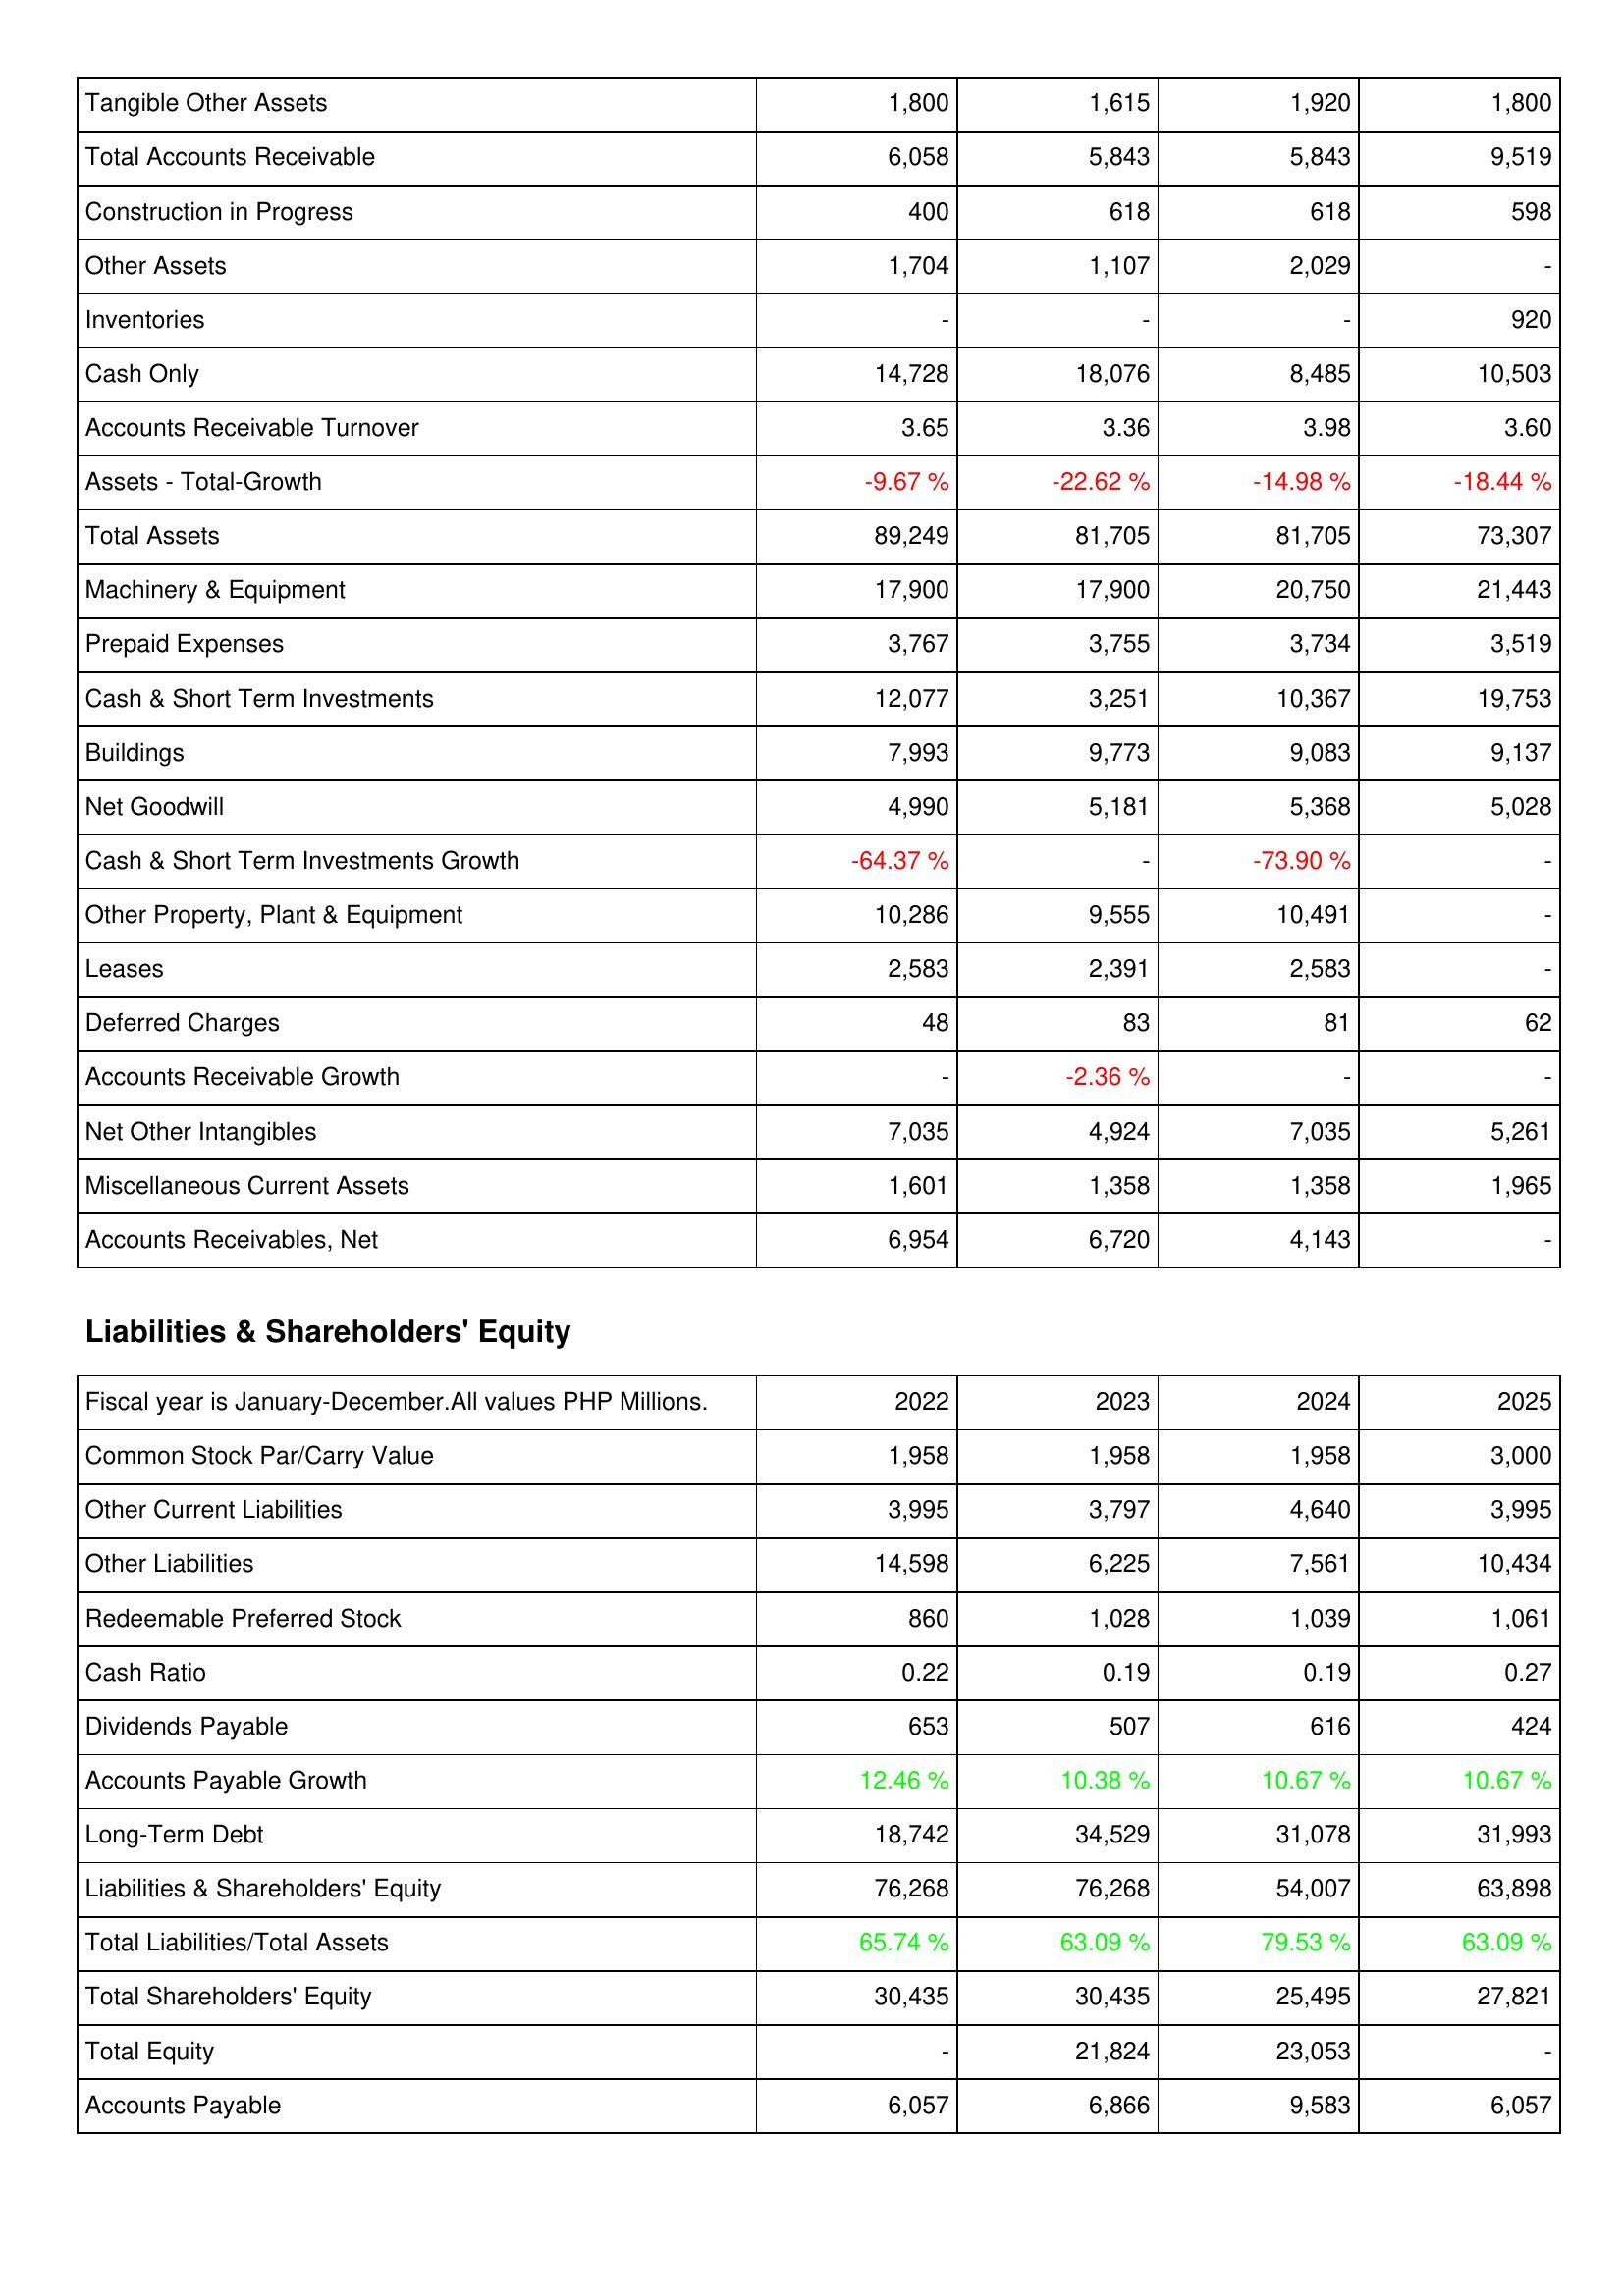
2022: Assets: Tangible Other Assets: 1,800
Total Accounts Receivable: 6,058
Construction in Progress: 400
Other Assets: 1,704
Inventories: -
Cash Only: 14,728
Accounts Receivable Turnover: 3.65
Assets - Total-Growth: -9.67 %
Total Assets: 89,249
Machinery & Equipment: 17,900
Prepaid Expenses: 3,767
Cash & Short Term Investments: 12,077
Buildings: 7,993
Net Goodwill: 4,990
Cash & Short Term Investments Growth: -64.37 %
Other Property, Plant & Equipment: 10,286
Leases: 2,583
Deferred Charges: 48
Accounts Receivable Growth: -
Net Other Intangibles: 7,035
Miscellaneous Current Assets: 1,601
Accounts Receivables, Net: 6,954
Liabilities & Shareholders' Equity: Common Stock Par/Carry Value: 1,958
Other Current Liabilities: 3,995
Other Liabilities: 14,598
Redeemable Preferred Stock: 860
Cash Ratio: 0.22
Dividends Payable: 653
Accounts Payable Growth: 12.46 %
Long-Term Debt: 18,742
Liabilities & Shareholders' Equity: 76,268
Total Liabilities/Total Assets: 65.74 %
Total Shareholders' Equity: 30,435
Total Equity: -
Accounts Payable: 6,057
2023: Assets: Tangible Other Assets: 1,615
Total Accounts Receivable: 5,843
Construction in Progress: 618
Other Assets: 1,107
Inventories: -
Cash Only: 18,076
Accounts Receivable Turnover: 3.36
Assets - Total-Growth: -22.62 %
Total Assets: 81,705
Machinery & Equipment: 17,900
Prepaid Expenses: 3,755
Cash & Short Term Investments: 3,251
Buildings: 9,773
Net Goodwill: 5,181
Cash & Short Term Investments Growth: -
Other Property, Plant & Equipment: 9,555
Leases: 2,391
Deferred Charges: 83
Accounts Receivable Growth: -2.36 %
Net Other Intangibles: 4,924
Miscellaneous Current Assets: 1,358
Accounts Receivables, Net: 6,720
Liabilities & Shareholders' Equity: Common Stock Par/Carry Value: 1,958
Other Current Liabilities: 3,797
Other Liabilities: 6,225
Redeemable Preferred Stock: 1,028
Cash Ratio: 0.19
Dividends Payable: 507
Accounts Payable Growth: 10.38 %
Long-Term Debt: 34,529
Liabilities & Shareholders' Equity: 76,268
Total Liabilities/Total Assets: 63.09 %
Total Shareholders' Equity: 30,435
Total Equity: 21,824
Accounts Payable: 6,866
2024: Assets: Tangible Other Assets: 1,920
Total Accounts Receivable: 5,843
Construction in Progress: 618
Other Assets: 2,029
Inventories: -
Cash Only: 8,485
Accounts Receivable Turnover: 3.98
Assets - Total-Growth: -14.98 %
Total Assets: 81,705
Machinery & Equipment: 20,750
Prepaid Expenses: 3,734
Cash & Short Term Investments: 10,367
Buildings: 9,083
Net Goodwill: 5,368
Cash & Short Term Investments Growth: -73.90 %
Other Property, Plant & Equipment: 10,491
Leases: 2,583
Deferred Charges: 81
Accounts Receivable Growth: -
Net Other Intangibles: 7,035
Miscellaneous Current Assets: 1,358
Accounts Receivables, Net: 4,143
Liabilities & Shareholders' Equity: Common Stock Par/Carry Value: 1,958
Other Current Liabilities: 4,640
Other Liabilities: 7,561
Redeemable Preferred Stock: 1,039
Cash Ratio: 0.19
Dividends Payable: 616
Accounts Payable Growth: 10.67 %
Long-Term Debt: 31,078
Liabilities & Shareholders' Equity: 54,007
Total Liabilities/Total Assets: 79.53 %
Total Shareholders' Equity: 25,495
Total Equity: 23,053
Accounts Payable: 9,583
2025: Assets: Tangible Other Assets: 1,800
Total Accounts Receivable: 9,519
Construction in Progress: 598
Other Assets: -
Inventories: 920
Cash Only: 10,503
Accounts Receivable Turnover: 3.60
Assets - Total-Growth: -18.44 %
Total Assets: 73,307
Machinery & Equipment: 21,443
Prepaid Expenses: 3,519
Cash & Short Term Investments: 19,753
Buildings: 9,137
Net Goodwill: 5,028
Cash & Short Term Investments Growth: -
Other Property, Plant & Equipment: -
Leases: -
Deferred Charges: 62
Accounts Receivable Growth: -
Net Other Intangibles: 5,261
Miscellaneous Current Assets: 1,965
Accounts Receivables, Net: -
Liabilities & Shareholders' Equity: Common Stock Par/Carry Value: 3,000
Other Current Liabilities: 3,995
Other Liabilities: 10,434
Redeemable Preferred Stock: 1,061
Cash Ratio: 0.27
Dividends Payable: 424
Accounts Payable Growth: 10.67 %
Long-Term Debt: 31,993
Liabilities & Shareholders' Equity: 63,898
Total Liabilities/Total Assets: 63.09 %
Total Shareholders' Equity: 27,821
Total Equity: -
Accounts Payable: 6,057